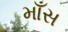
માઁસ